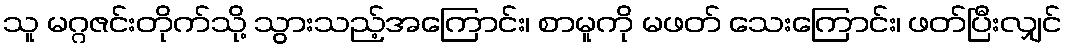
သူ မဂ္ဂဇင်းတိုက်သို့ သွားသည့်အကြောင်း၊ စာမူကို မဖတ် သေးကြောင်း၊ ဖတ်ပြီးလျှင်